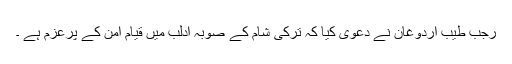
رجب طیب اردوغان نے دعوی کیا کہ ترکی شام کے صوبہ ادلب میں قیام امن کے پرعزم ہے ۔